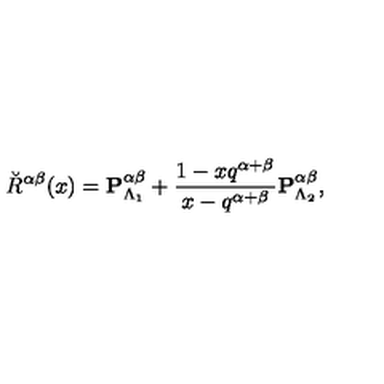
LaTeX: \breve { R } ^ { \alpha \beta } ( x ) = { \bf P } _ { \Lambda _ { 1 } } ^ { \alpha \beta } + \frac { 1 - x q ^ { \alpha + \beta } } { x - q ^ { \alpha + \beta } } { \bf P } _ { \Lambda _ { 2 } } ^ { \alpha \beta } ,